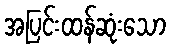
အပြင်းထန်ဆုံးသော